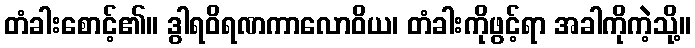
တံခါးစောင့်၏။ ဒွါရဝိရဏကာလောဝိယ၊ တံခါးကိုဖွင့်ရာ အခါကိုကဲ့သို့။